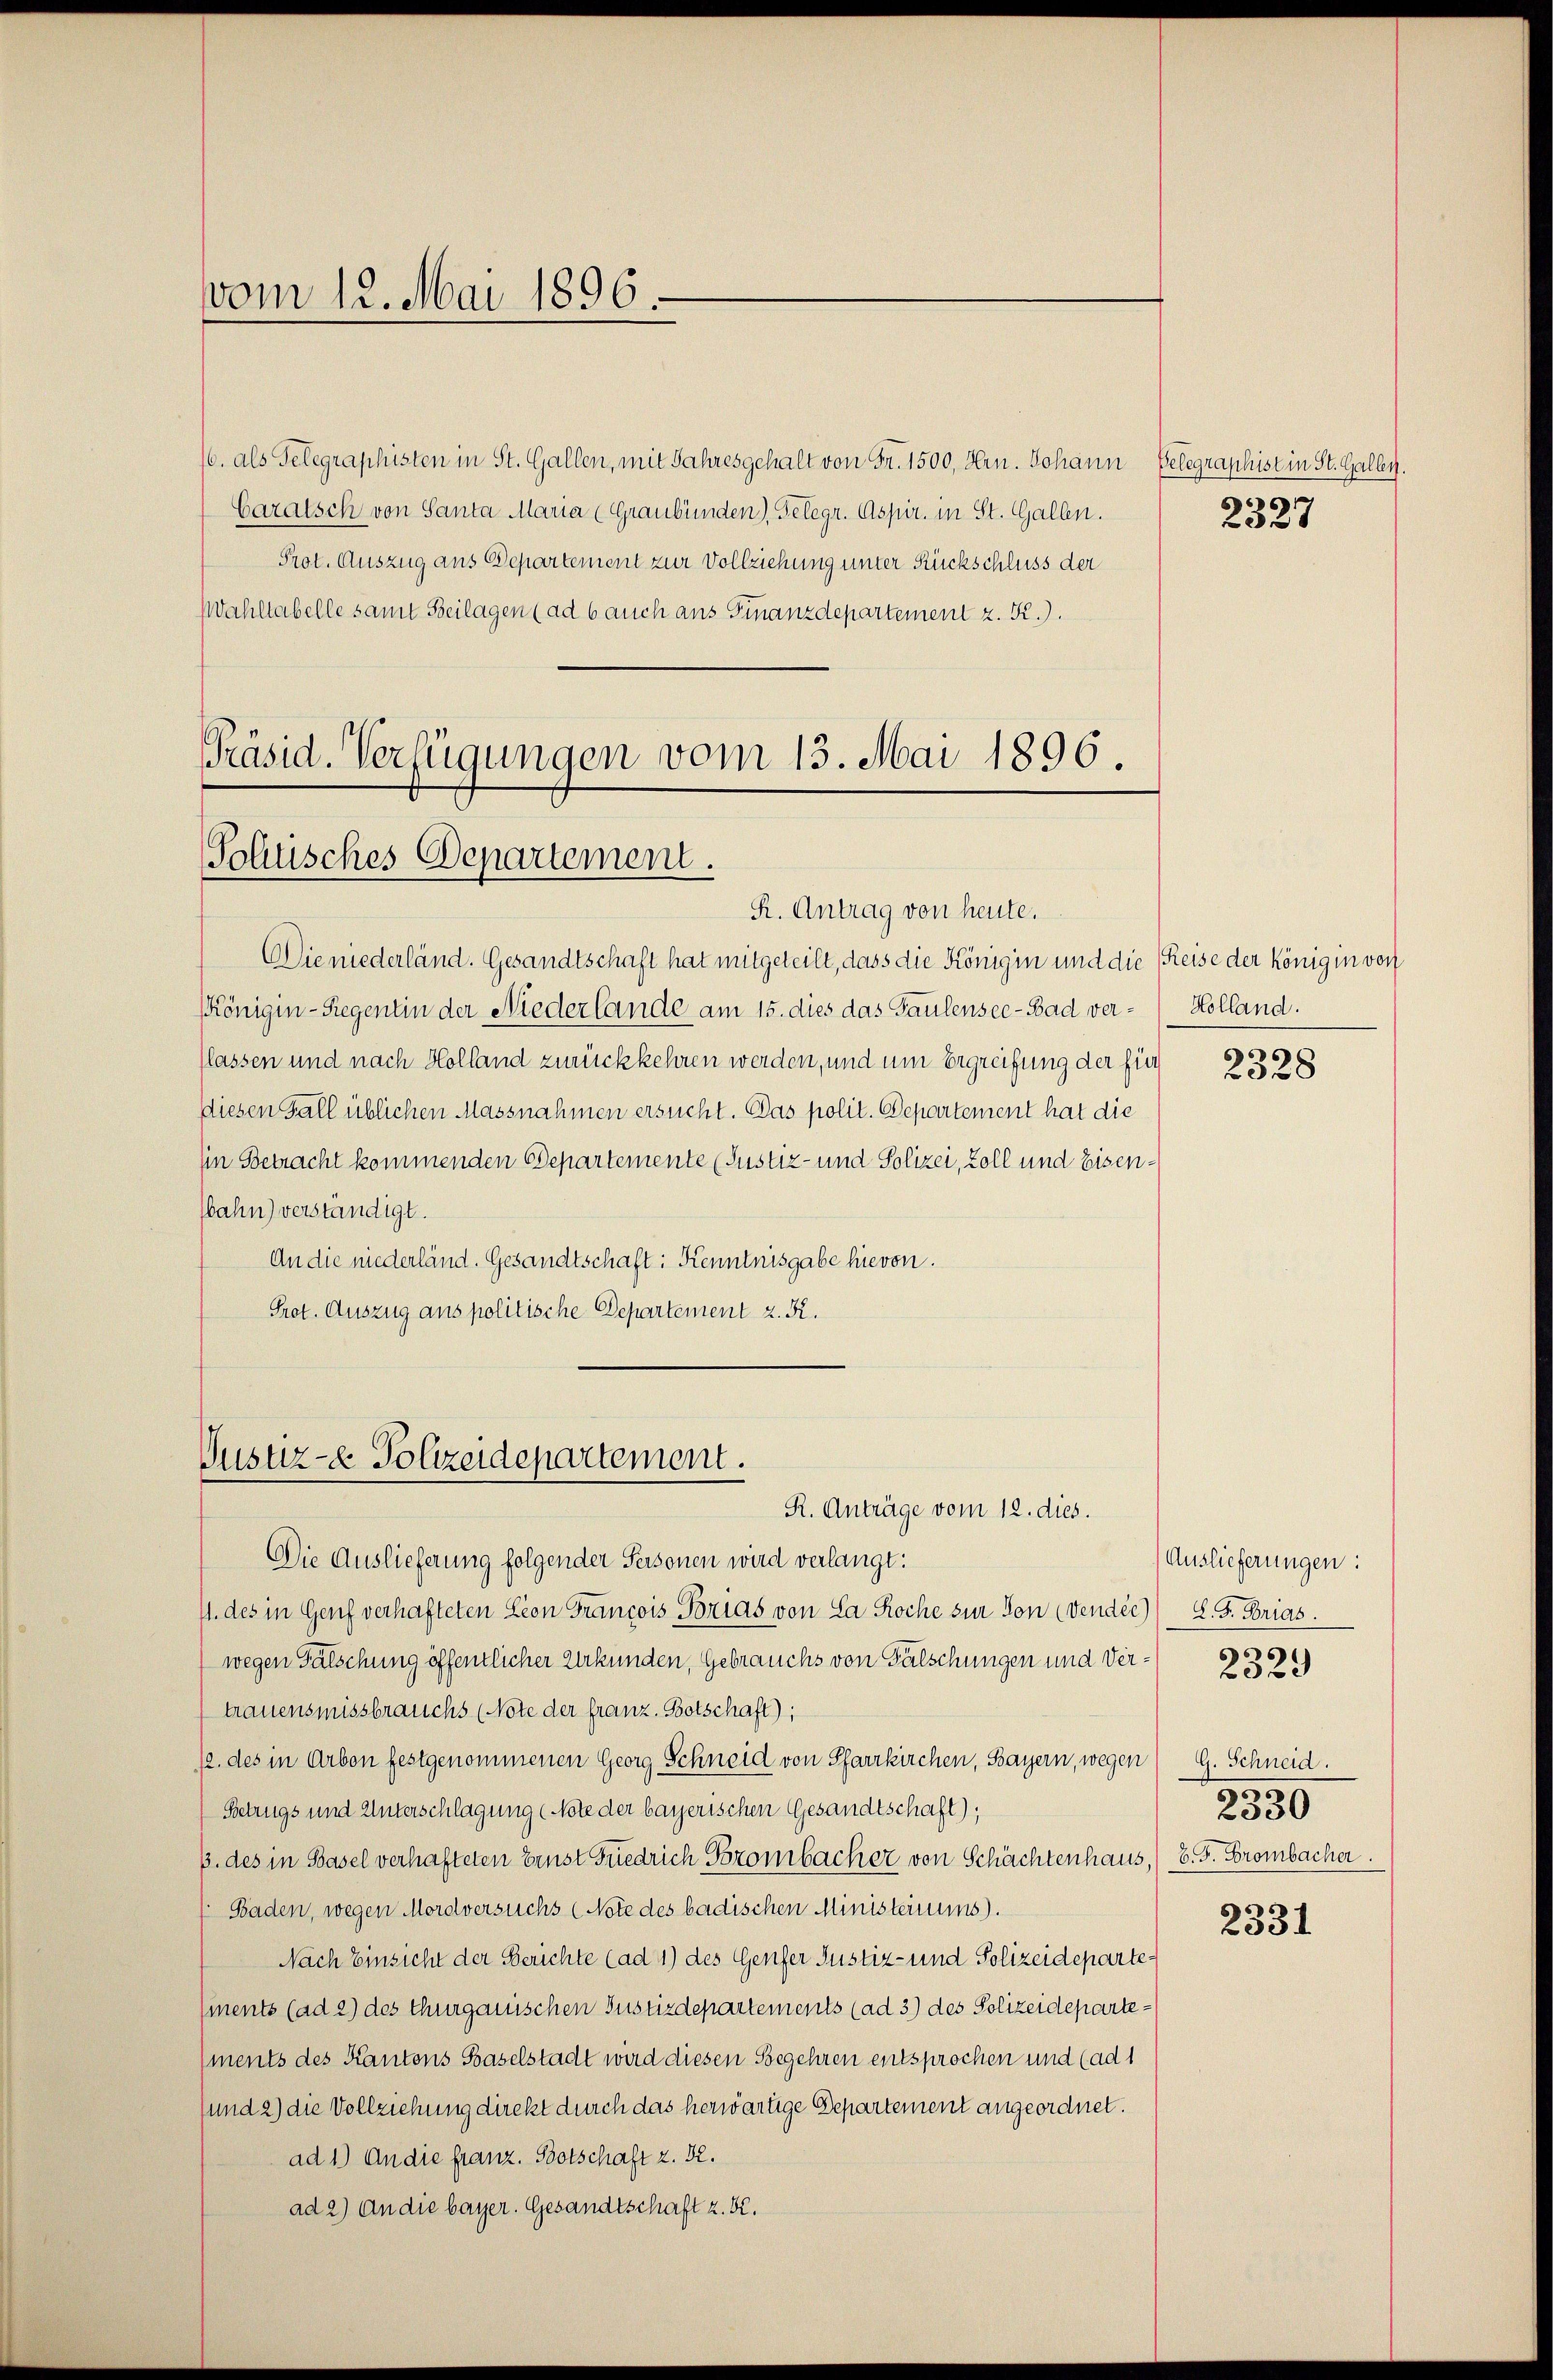
vom 12. Mai 1896.

/6. als Telegraphisten in St. Gallen, mit Jahresgehalt von Fr. 1500, Hrn. Johann
Caratsch von Santa Maria (Graubünden), Gelegr. Aspir. in St. Gallen.
Prot. Auszug aus Departement zur Vollziehung unter Rückschluss der
Wahllabelle samt Beilagen (ad 6 auch aus Finanzdepartement z. K.).

Präsid. Verfügungen vom 13. Mai 1896.
Polnisches Departement.

R. Antrag von heute.
Die niederländ. Gesandtschaft hat mitgeteilt, dass die Königin und die Reise der königin von
Königin-Regentin der Niederlande am 15. dies das Gaulensee - Bad verflassen und nach Holland zurückkehren werden, und um Ergreifung der für
diesen Fall üblichen Massnahmen ersucht. Das polit. Departement hat die
in Betracht kommenden Departemente (Justiz- und Polizei, Zoll und Eisenbahn verstündigt.
An die niederländ. Gesandtschaft: Kenntnisgabe hievon.
Prot. Auszug aus politische Departement z. R.

Justiz- & Polizeidepartement.
R. Anträge vom 12. dies.

Telegraphist in St. Gallen.
6
2327

Die Auslieferung folgender Personen wird verlangt:
4. des in Genf verhafteten Seon Francois Porias von La Roche sur von vendie) S. G. Brias.
wegen Fälschung öffentlicher Urkunden, Gebrauchs von Fälschungen und Ver- 252)
trauensmissbrauchs (Note der franz. Botschaft);
/. des in Arbon festgenommenen Georg Schneid von Pfarrkirchen, Bayern, wegen) G. Schneid.
Betrugs und Unterschlagung (Note der bayerischen Gesandtschaft);
3. des in Basel verhafteten Ernst Friedrich Frombacher von Schächtenhaus, B. G. Brombacher
Baden, wegen Mordversuchs (Note des badischen Ministeriums.
Nach Einsicht der Berichte (ad 1) des Genfer Justiz- und Polizeidepartements (ad 2) des Thurgauischen Justizdepartements (ad 3) des Polizeidepartements des Kantons Baselstadt wird diesen Begehren entsprochen und (ad 1
und 2) die Vollziehung direkt durch das herwärtige Departement angeordnet.
ad 1.) An die franz. Botschaft z. B.
ad 2) An die bayer. Gesandtschaft z. B.

Holland.

2328

Auslieferungen:

13.
2330

s
2531